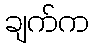
ချက်က